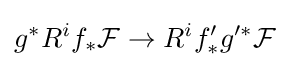
g^{*}R^{i}f_{*}{\mathcal {F}}\rightarrow R^{i}f'_{*}g'^{*}{\mathcal {F}}